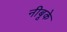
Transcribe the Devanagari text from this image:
नीबूके